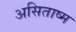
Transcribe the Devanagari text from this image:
असिताष्म